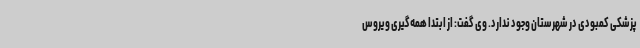
پزشکی کمبودی در شهرستان وجود ندارد. وی گفت: از ابتدا همه‌گیری ویروس